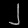
Digit: ၂